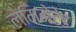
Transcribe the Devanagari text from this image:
लेमिनेटेड